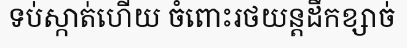
ទប់ស្កាត់ហើយ ចំពោះរថយន្តដឹកខ្សាច់